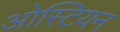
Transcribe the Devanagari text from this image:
ओस्टियन